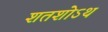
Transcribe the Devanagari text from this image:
शतशोऽथ